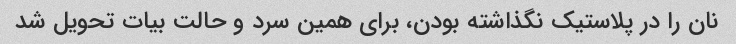
نان را در پلاستیک نگذاشته بودن، برای همین سرد و حالت بیات تحویل شد